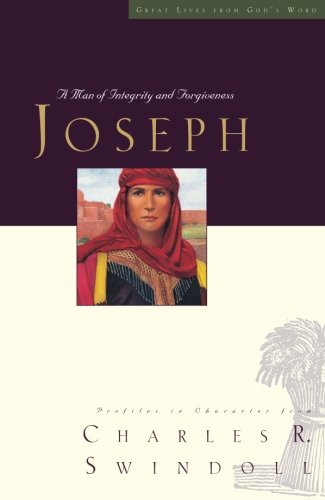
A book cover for Great Lives Series: Joseph: A Man of Integrity and Forgiveness (Great Lives from God's Word); Charles R. Swindoll; Christian Books & Bibles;